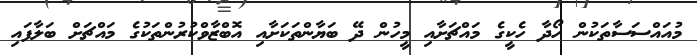
މުއައްސަސާތަކުން ހޯދާ ހެކީގެ މައްޗަށާއި މީހުން ދޭ ބަޔާންތަކަށާއި އޮބްޒާވްކުރުންތަކުގެ މައްޗަށް ބަލާފައި